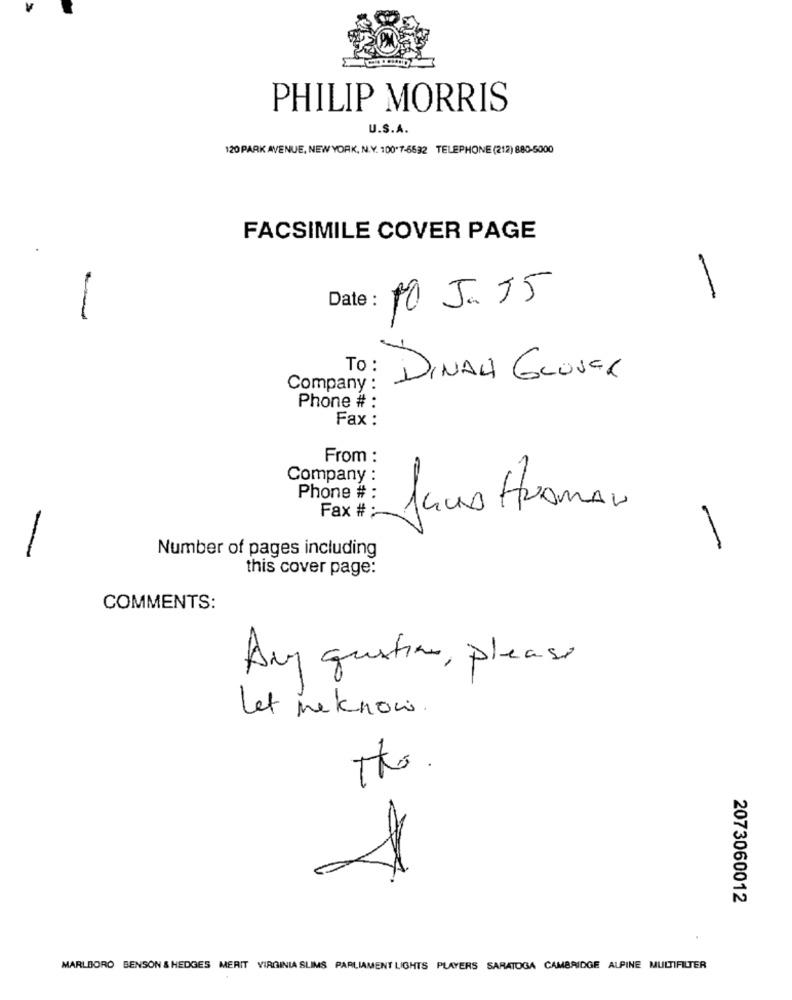
PHILIP MORRIS
U.S.A.
120 PARK AVENUE, NEW YORK, N.Y. 100*7-6632 TELEPHONE (212) 880-5000
FACSIMILE COVER PAGE
Date : 10 Ja JJ
-
-
To :
DINAH GLOVER
Company :
Phone # :
Fax :
From :
Company :
Phone # :
Janis HRAMAN
Fax # :
-
Number of pages including
-
this cover page:
COMMENTS:
Any question, please
Let meknow
The.
V
2073060012
MARLBORO BENSON & HEDGES MERIT VIRGINIA SLIMS PARLIAMENT LIGHTS PLAYERS SARATOGA CAMBRIDGE ALPINE MULTIFILTER